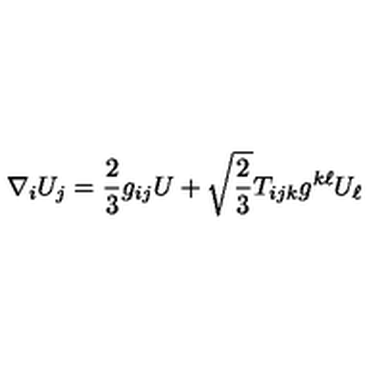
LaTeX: \nabla _ { i } U _ { j } = \frac { 2 } { 3 } g _ { i j } U + \sqrt { \frac { 2 } { 3 } } T _ { i j k } g ^ { k \ell } U _ { \ell }